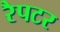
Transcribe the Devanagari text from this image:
रैपटर